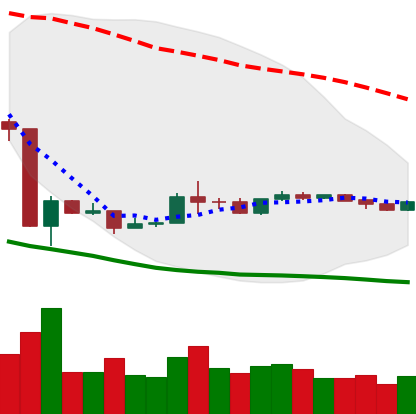
Ticker: ETH-USD
Chart end date: 2020-03-30
Forward return: 9.266%
Label: up_7plus